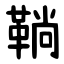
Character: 鞝